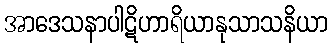
အာဒေသနာပါဋိဟာရိယာနုသာသနိယာ